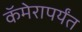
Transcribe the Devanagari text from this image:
कॅमेरापर्यंत